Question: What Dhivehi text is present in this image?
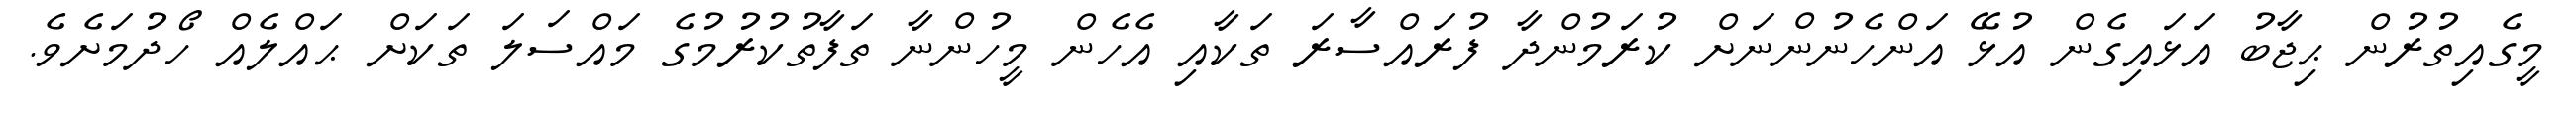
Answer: މީގެއިތުރުން ޙިޖާބު އަޅައިގެން އުޅޭ އަންހެނުންނަށް ކުރަމުންދާ ފުރައްސާރަ ތަކާއި އެހެން މީހުންނާ ތަފާތުކުރުމުގެ މައްސަލަ ތަކަށް ޙައްލެއް ހޯދުމަށެވެ.